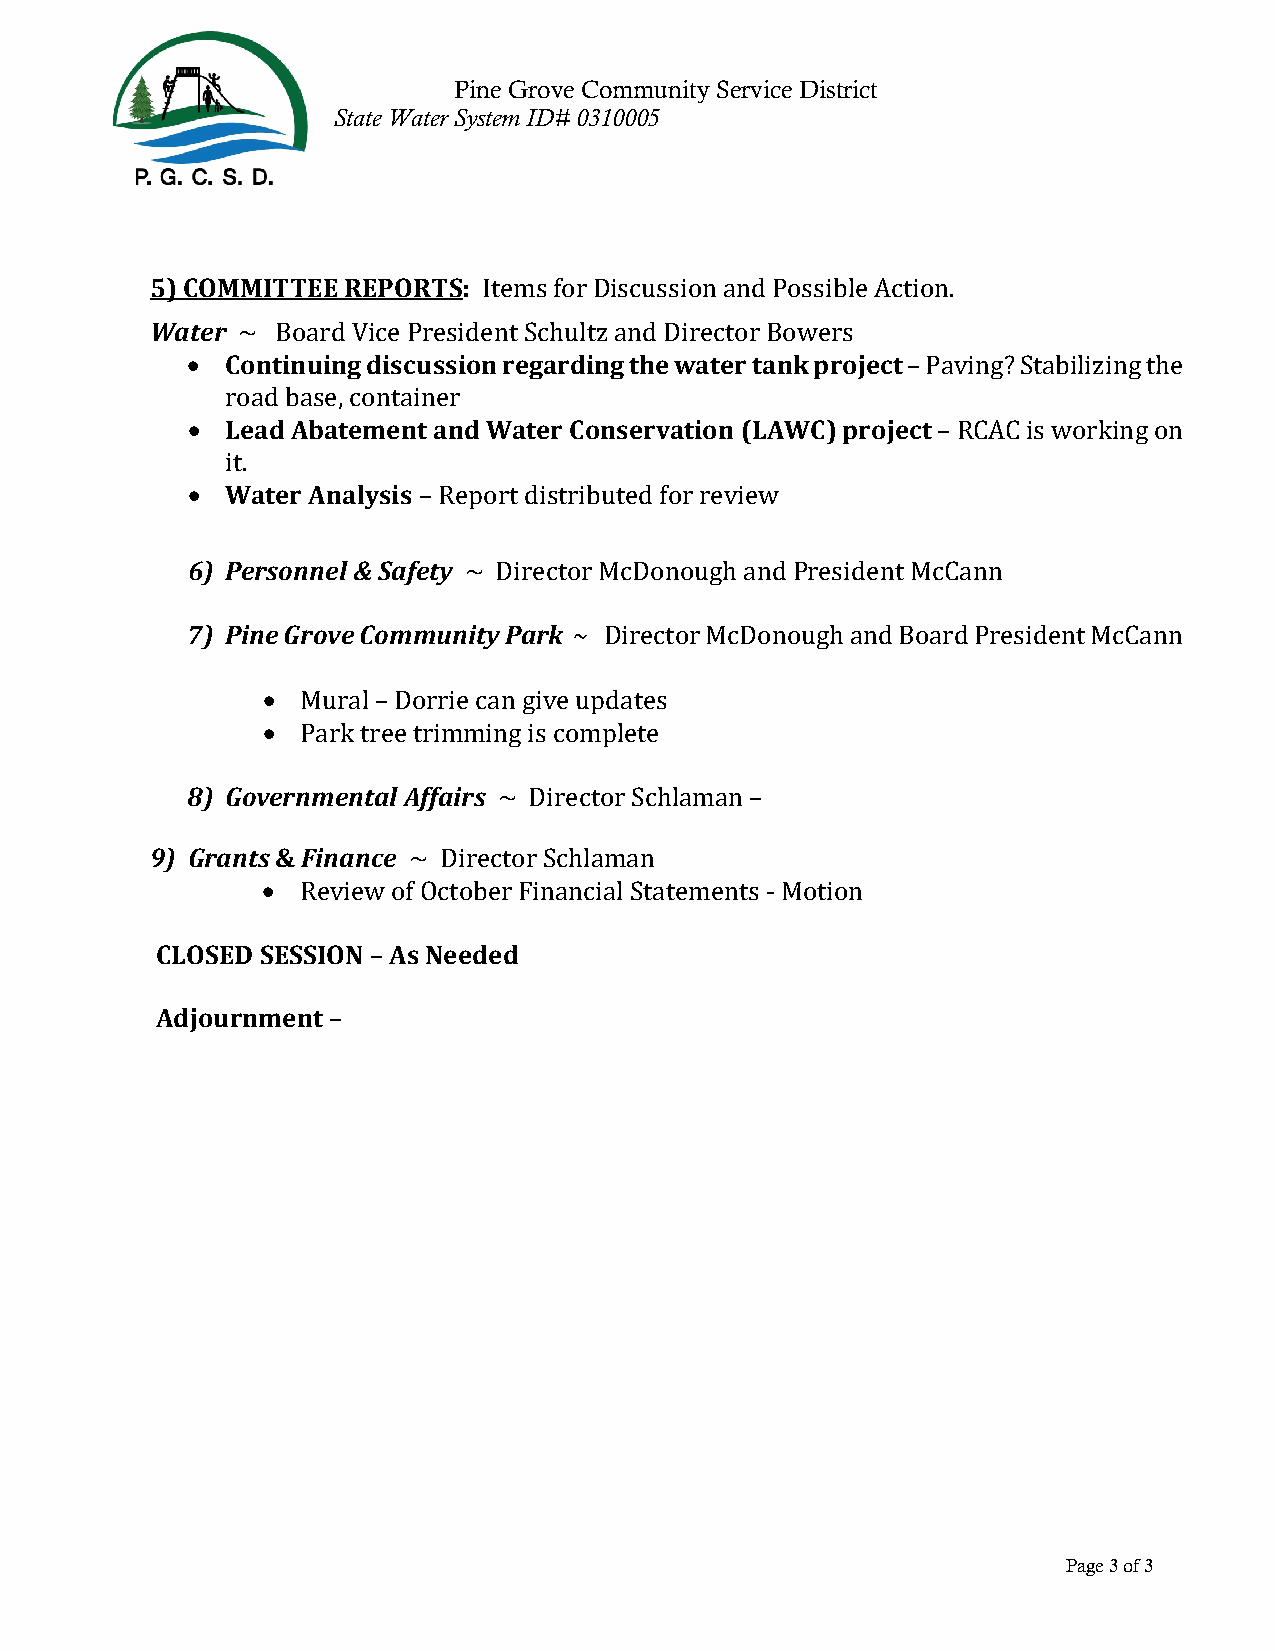
Pine Grove Community Service District
 State Water System ID# 0310005
 5) COMMITTEE REPORTS:
 Water
 Items for Discussion and Possible Action.
 •  Continuing discussion regarding the water tank project
 ~ Board Vice President Schultz and Director Bowers
 •  Lead Abatement and Water Conservation (LAWC) proje – c tPaving? Stabilizing the
 road base, container
 •  Water Analysis                                 – RCAC is working on
 it.
 – Report distributed for review
 6) Personnel & Safety
 7) Pine Grove Commun ~it y D Piarerckt o ~r McDonough and President McCann
 •                      Director McDonough and Board President McCann
 •
 Mural – Dorrie can give updates
 8) GovernPmarekn ttraele A tfrfiamirmsing is complete
 9) Grants & Finance    ~ Director Schlaman –
 •
 ~ Director Schlaman
 CLOSED SESRSeIOviNe w– Aofs ONceteodbeerd F inancial Statements - Motion
 Adjournment –
 Page 3 of 3